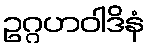
ဥဂ္ဂဟဝါဒိနံ